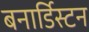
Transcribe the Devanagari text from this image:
बनार्डिस्टन